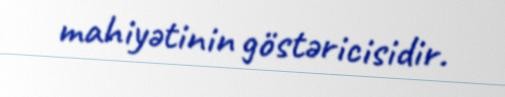
mahiyətinin göstəricisidir.